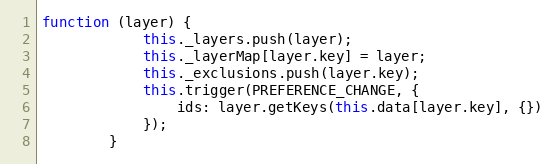
Language: JavaScript
function (layer) {
            this._layers.push(layer);
            this._layerMap[layer.key] = layer;
            this._exclusions.push(layer.key);
            this.trigger(PREFERENCE_CHANGE, {
                ids: layer.getKeys(this.data[layer.key], {})
            });
        }